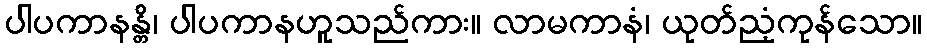
ပါပကာနန္တိ၊ ပါပကာနဟူသည်ကား။ လာမကာနံ၊ ယုတ်ညံ့ကုန်သော။